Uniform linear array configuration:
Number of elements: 24
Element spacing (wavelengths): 0.5
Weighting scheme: cosine
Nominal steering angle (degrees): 30
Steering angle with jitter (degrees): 31.024
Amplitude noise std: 0.05
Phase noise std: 0.05

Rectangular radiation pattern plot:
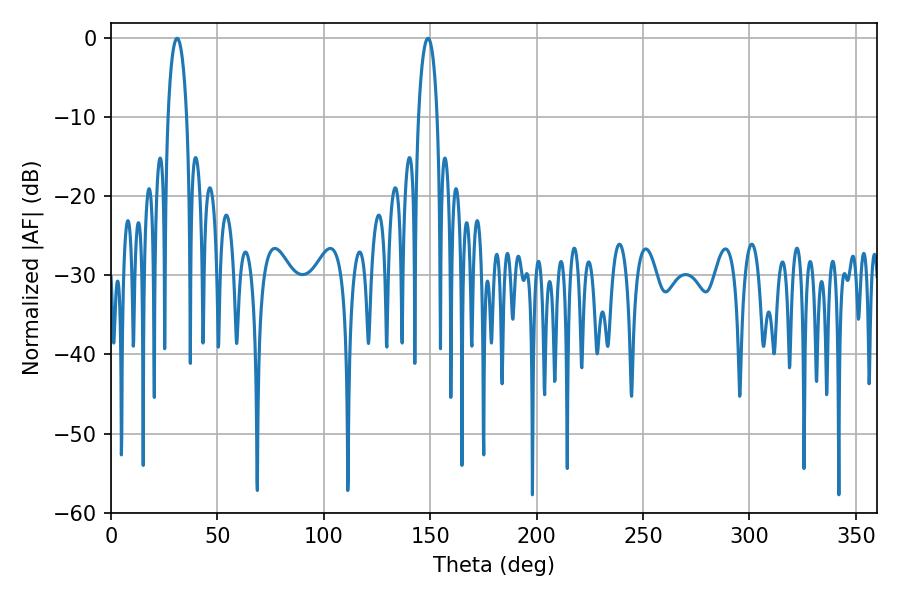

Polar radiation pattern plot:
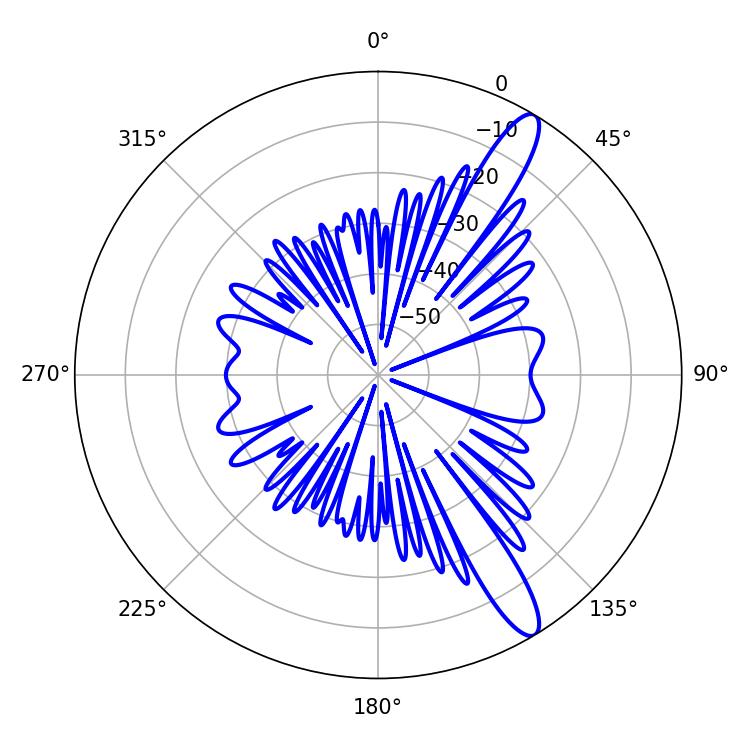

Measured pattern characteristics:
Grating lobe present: FALSE
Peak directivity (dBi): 12.986
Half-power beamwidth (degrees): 5.04
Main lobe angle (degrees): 31.14